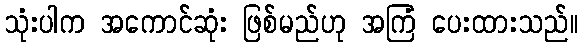
သုံးပါက အကောင်ဆုံး ဖြစ်မည်ဟု အကြံ ပေးထားသည်။